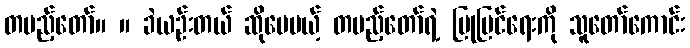
တပည့်တော်။ ။ ခဲယဉ်းတယ် ဆိုပေမယ့် တပည့်တော်ရဲ့ ပြုပြင်ရေးကို သူတော်ကောင်း